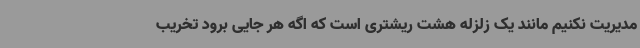
مدیریت نکنیم مانند یک زلزله هشت ریشتری است که اگه هر جایی برود تخریب